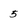
Character: 5